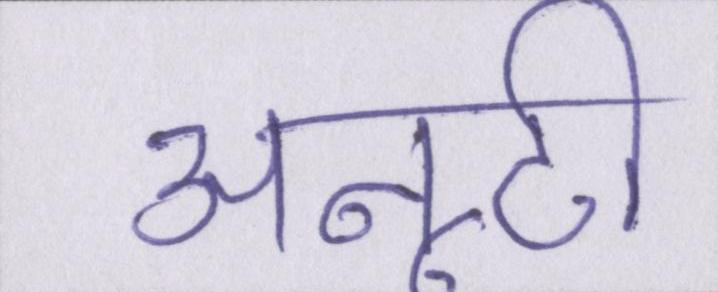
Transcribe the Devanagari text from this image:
अनूठी